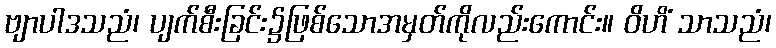
ဗျာပါဒသညံ၊ ပျက်စီးခြင်း၌ဖြစ်သောအမှတ်ကိုလည်းကောင်း။ ဝိဟိံ သာသညံ၊